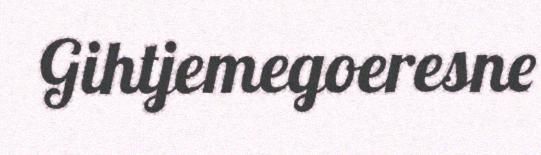
Gihtjemegoeresne